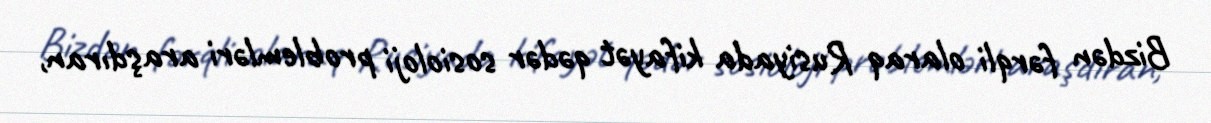
Bizdən fərqli olaraq Rusiyada kifayət qədər sosioloji problemləri araşdıran,